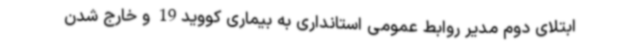
ابتلای دوم مدیر روابط عمومی استانداری به بیماری کووید19 و خارج شدن